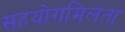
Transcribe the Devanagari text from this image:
सहयोगमिलता